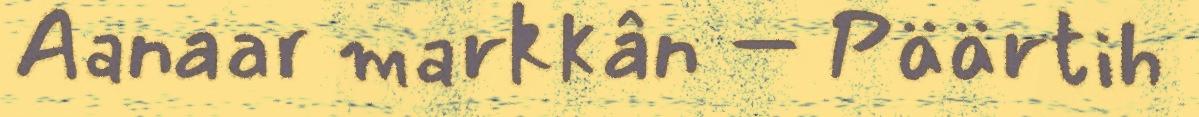
Aanaar markkân – Päärtih